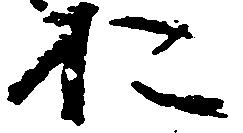
お